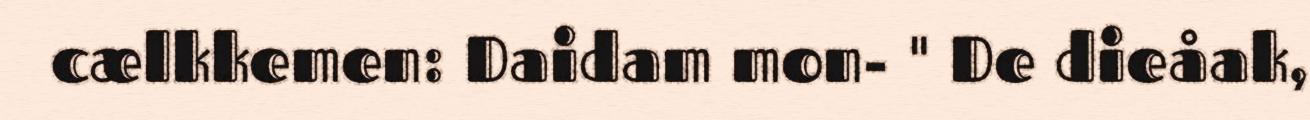
cælkkemen: Daidam mon- " De dieåak,